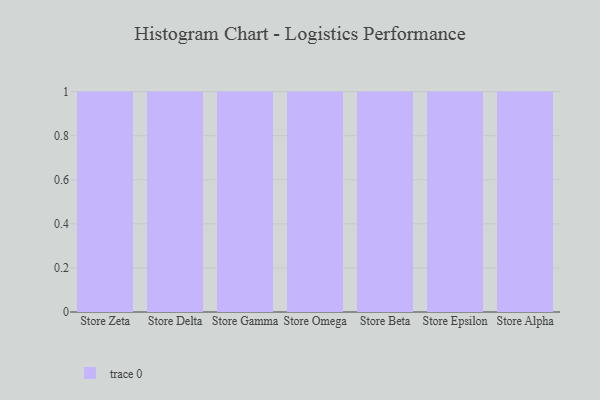
{"axis": {"x": "Store", "y": "Net Income (USD K)"}, "legend": [""], "data": [{"x": "Store Zeta", "y": 7, "type": ""}, {"x": "Store Delta", "y": 90, "type": ""}, {"x": "Store Gamma", "y": 86, "type": ""}, {"x": "Store Omega", "y": 73, "type": ""}, {"x": "Store Beta", "y": 86, "type": ""}, {"x": "Store Epsilon", "y": 85, "type": ""}, {"x": "Store Alpha", "y": 29, "type": ""}]}